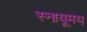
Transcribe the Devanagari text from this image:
स्नायूमय